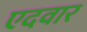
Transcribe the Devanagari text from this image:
एदवार